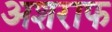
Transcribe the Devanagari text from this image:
अशराफ